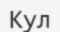
Кул